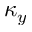
\kappa _ { y }